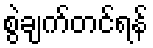
စွဲချက်တင်ရန်